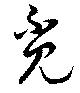
覓